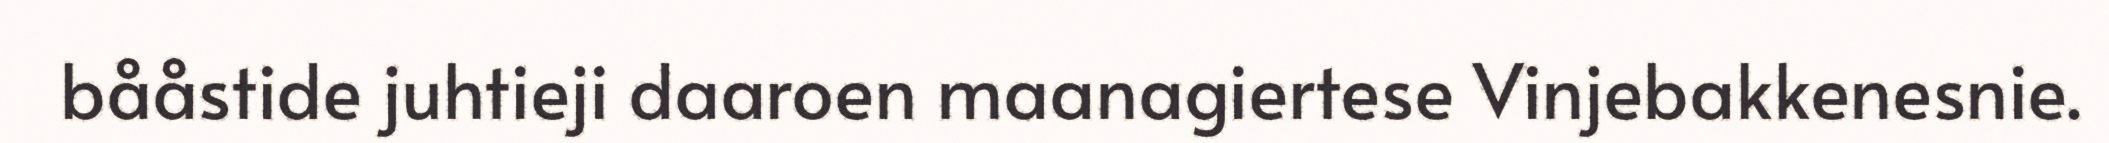
bååstide juhtieji daaroen maanagiertese Vinjebakkenesnie.